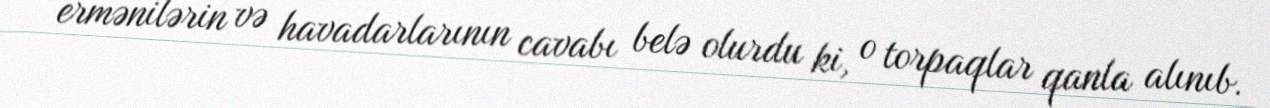
ermənilərin və havadarlarının cavabı belə olurdu ki, o torpaqlar qanla alınıb.